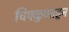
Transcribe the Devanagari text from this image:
चिपळुणाहून